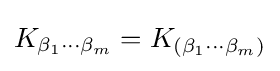
K_{\beta _{1}\cdots \beta _{m}}=K_{(\beta _{1}\cdots \beta _{m})}